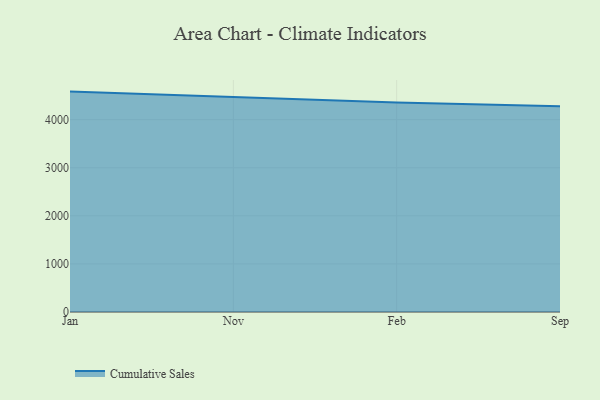
{"axis": {"x": "Month", "y": "Net Income (USD K)"}, "legend": ["Cumulative Sales"], "data": [{"x": "Jan", "y": 4584.0, "type": "Cumulative Sales"}, {"x": "Nov", "y": 4474.7, "type": "Cumulative Sales"}, {"x": "Feb", "y": 4358.7, "type": "Cumulative Sales"}, {"x": "Sep", "y": 4278.2, "type": "Cumulative Sales"}]}